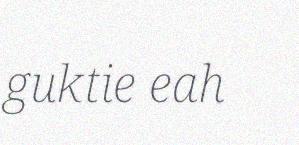
guktie eah